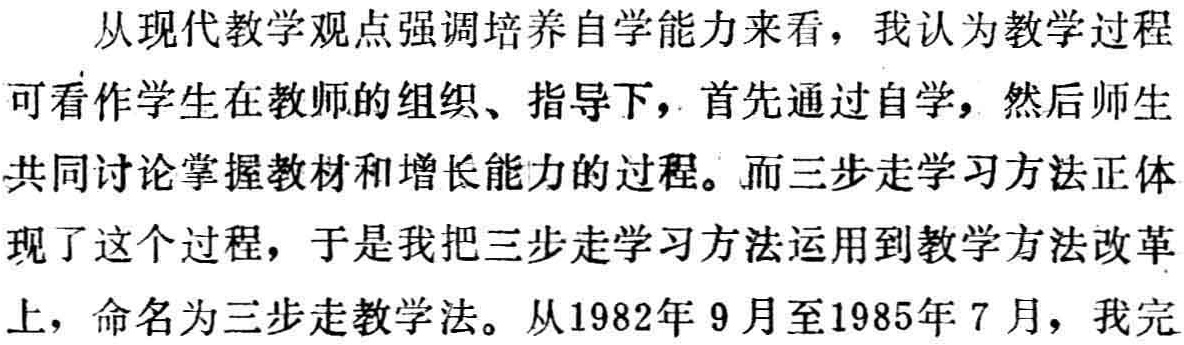
从现代教学观点强调培养自学能力来看，我认为教学过程可看作学生在教师的组织、指导下，首先通过自学，然后师生共同讨论掌握教材和增长能力的过程。而三步走学习方法正体现了这个过程，于是我把三步走学习方法运用到教学方法改革上，命名为三步走教学法。从1982年9月至1985年7月，我完